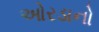
ઓરડાનો